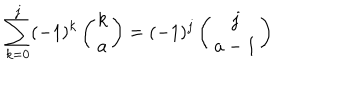
\sum _ { k = 0 } ^ { j } ( - 1 ) ^ { k } \left( \begin{array} { c } { { k } } \\ { { a } } \\ \end{array} \right) = ( - 1 ) ^ { j } \left( \begin{array} { c } { { j } } \\ { { a - 1 } } \\ \end{array} \right)